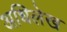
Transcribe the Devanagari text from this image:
अधिलेख